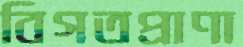
বিগতপ্রাণা